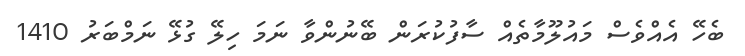
ބެހޭ އެއްވެސް މައުލޫމާތެއް ސާފުކުރަން ބޭނުންވާ ނަމަ ހިލޭ ގުޅޭ ނަމްބަރު 1410